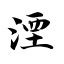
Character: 湮